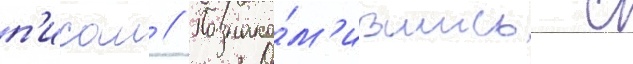
п'исал // Познако́м'ившись с